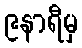
၉နာရီမှ